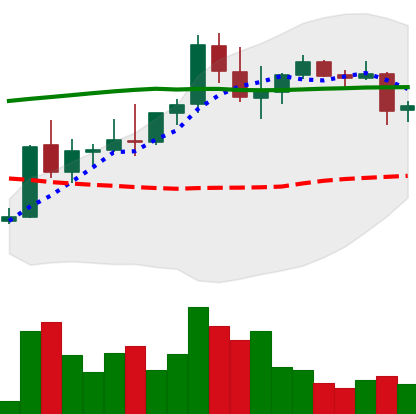
Ticker: DOGE-USD
Chart end date: 2021-08-25
Forward return: -6.879%
Label: down_5_7